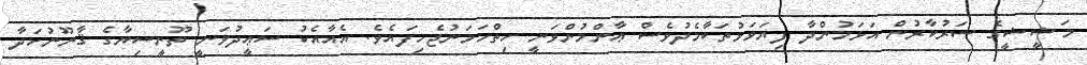
މަޝީޝީގެ ސަރުކާރުން އަޅަމުންދާ ފިޔަވަޅުތަކާމެދުވެސް ޢާންމުންވަނީ ހިތްހަމަނުޖެހިފައެވެ. އެއާއެކު ސަޢީދުވަނީ ތޫނީސިޔާގެ ޤާނޫނުހަދާ